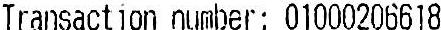
TRANSACTION NUMBER: 01000206618